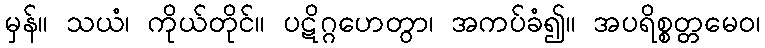
မှန်။ သယံ၊ ကိုယ်တိုင်။ ပဋိဂ္ဂဟေတွာ၊ အကပ်ခံ၍။ အပရိစ္စတ္တမေဝ၊